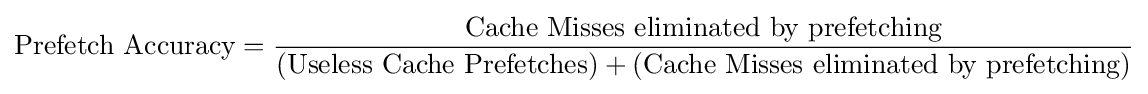
{\text{Prefetch Accuracy}}={\frac {\text{Cache Misses eliminated by prefetching}}{({\text{Useless Cache Prefetches}})+({\text{Cache Misses eliminated by prefetching}})}}